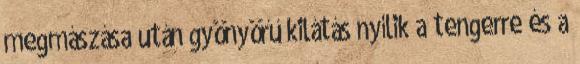
megmászása után gyönyörű kilátás nyílik a tengerre és a